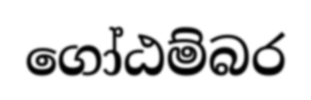
ගෝඨම්බර